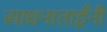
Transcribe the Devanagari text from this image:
साधनाताईंनी